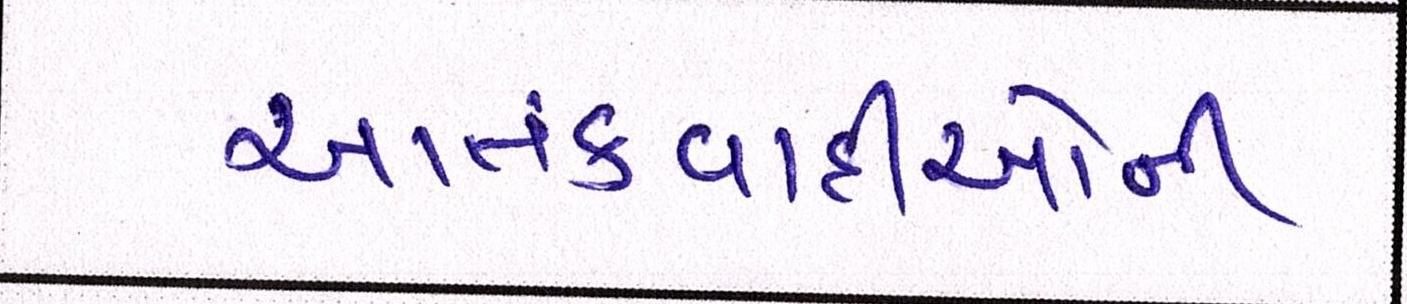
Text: આતંકવાદીઓની